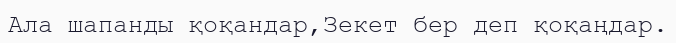
Ала шапанды қоқандар,Зекет бер деп қоқаңдар.